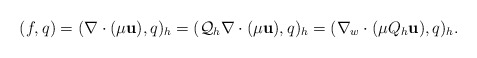
\begin{align*}(f,q)=(\nabla\cdot (\mu\textbf{u}),q)_h=({\cal Q}_h\nabla\cdot(\mu\textbf{u}),q)_h=(\nabla_w\cdot(\mu Q_h\textbf{u}),q)_h.\end{align*}